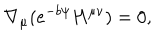
\nabla _ { \mu } ( e ^ { - b \psi } H ^ { \mu \nu } ) = 0 ,